Vaccination United Provinces of Agra and Oudh 1914-1922 - 1914-1922
Year: 1914
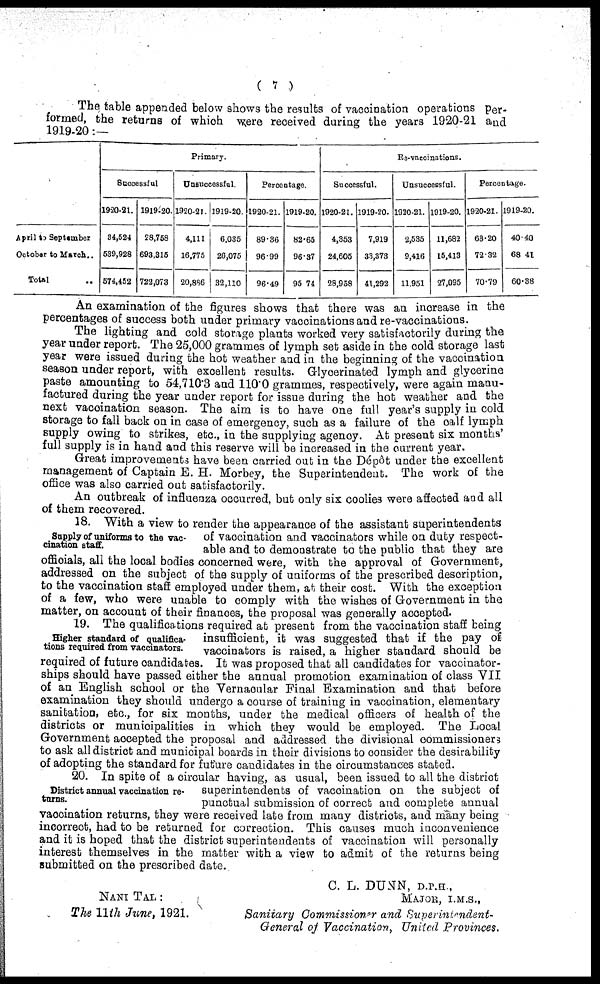
( 7 )
The table appended below shows the results of vaccination operations per-
formed, the returns of which were received during the years 1920-21 and
1919-20: —
April to September
October to March.
Total ...
Primary.
Successful
1920-21.
84,524
539,928
574,452
1919-20.
28,758
693,315
723,073
Unsuccessful
1920-21.
4,111
16,775
20,856
1919-20
6,035
26,075
32,110
Percentage.
1920-21.
89.36
96.99
96.49
1919-20.
82.65
96.37
95.74
Re-vaccinations.
Successful.
1920-21.
4,353
24,605
28,958
1919-20.
7,919
33,373
41,292
Unsuccessful.
1920-21.
2,535
9,416
11,951
1919-20.
11,682
15,413
27,095
Percentage.
1920-21.
63.20
72.32
70.79
1919-20.
40.40
68.41
60.38
An examination of the figures shows that there was an increase in the
percentages of success both under primary vaccinations and re-vaccinations.
The lighting and cold storage plants worked very satisfactorily during the
year under report. The 25,000 grammes of lymph set aside in the cold storage last
year were issued during the hot weather and in the beginning of the vaccination
season under report, with excellent results. Glycerinated lymph and glycerine
paste amounting to 54,710.3 and 110.0 grammes, respectively, were again manu-
factured during the year under report for issue during the hot weather and the
next vaccination season. The aim is to have one full year's supply in cold
storage to fall back on in case of emergency, such as a failure of the calf lymph
supply owing to strikes, etc., in the supplying agency. At present six months'
full supply is in hand and this reserve will be increased in the current year.
Great improvements have been carried out in the Dépôt under the excellent
management of Captain E. H. Morbey, the Superintendent. The work of the
office was also carried out satisfactorily.
An outbreak of influenza occurred, but only six coolies were affected and all
of them recovered.
Supply of uniforms to the vac-
cination staff.
18. With a view to render the appearance of the assistant superintendents
of vaccination and vaccinators while on duty respect-
able and to demonstrate to the public that they are
officials, all the local bodies concerned were, with the approval of Government,
addressed on the subject of the supply of uniforms of the prescribed description,
to the vaccination staff employed under them, at their cost. With the exception
of a few, who were unable to comply with the wishes of Government in the
matter, on account of their finances, the proposal was generally accepted.
Higher standard of qualifica-
tions required from vaccinators.
19. The qualifications required at present from the vaccination staff being
insufficient, it was suggested that if the pay of
vaccinators is raised, a higher standard should be
required of future candidates. It was proposed that all candidates for vaccinator-
ships should have passed either the annual promotion examination of class VII
of an English school or the Vernacular Final Examination and that before
examination they should undergo a course of training in vaccination, elementary
sanitation, etc., for six months, under the medical officers of health of the
districts or municipalities in which they would be employed. The Local
Government accepted the proposal and addressed the divisional commissioners
to ask all district and municipal boards in their divisions to consider the desirability
of adopting the standard for future candidates in the circumstances stated.
District annual vaccination re-
turns.
20. In spite of a circular having, as usual, been issued to all the district
superintendents of vaccination on the subject of
punctual submission of correct and complete annual
vaccination returns, they were received late from many districts, and many being
incorrect, had to be returned for correction. This causes much inconvenience
and it is hoped that the district superintendents of vaccination will personally
interest themselves in the matter with a view to admit of the returns being
submitted on the prescribed date.
NANI TAL :
The 11th June, 1921.
C. L. DUNN, D.P.H.,
MAJOR, I.M.S.,
Sanitary Commissioner and Superintendent-
General of Vaccination, United Provinces.